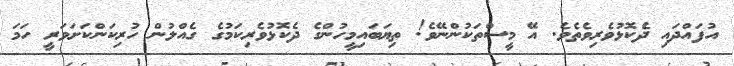
އުފައްދައި ދެކޮޅުވެރިވެތެވެ. އޭ މީސްތަކުންނޭވެ! ތިޔަބައިމީހުންގެ ދެކޮޅުވެރިކަމުގެ ގެއްލުން ހުރިކަންކަށަވަރީ ހަމަ